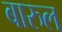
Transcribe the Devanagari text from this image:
बारुल